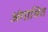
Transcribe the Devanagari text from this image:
अंगाश्रित